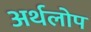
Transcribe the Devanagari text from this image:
अर्थलोप